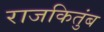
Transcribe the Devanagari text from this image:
राजकितुंब